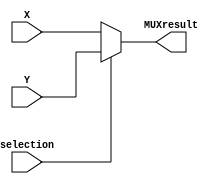
// Dunia Jaser 1201345
module MUX_2_x_1(MUXresult,X,Y,selection);
input [3:0] X;//the 4 bit bianry number.
input [3:0] Y;// the 9's complement of the binary number.
input selection;

output [3:0] MUXresult;
reg [3:0]  MUXresult;

always @(X or Y or selection)
if (selection == 1)
	MUXresult = Y;//Subtract case
else
	MUXresult = X;//Add case
endmodule